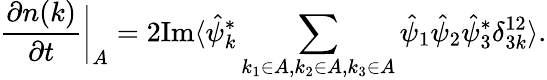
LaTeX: \frac{\partial n(k)}{\partial t}\biggr\rvert_{A}=2\textnormal{Im}\langle\hat{\psi}_{k}^{*}\sum_{k_{1}\in A,k_{2}\in A,k_{3}\in A}\hat{\psi}_{1}\hat{\psi}_{2}\hat{\psi}_{3}^{*}\delta_{3k}^{12}\rangle.